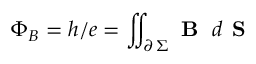
\Phi _ { B } = h / e = \iint _ { \partial \, \Sigma } \textbf { B } \; d \textbf { S }